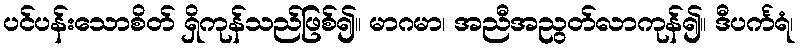
ပင်ပန်းသောစိတ် ရှိကုန်သည်ဖြစ်၍။ မာဂမာ၊ အညီအညွတ်လာကုန်၍။ ဒီပင်္ကရံ၊